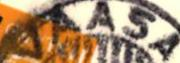
VAASA